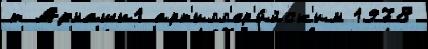
т Армаши1 арт'илл'ер'и́йск'им 1978